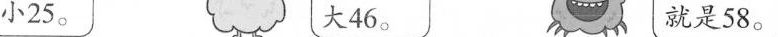
小25。 大46。 就是58。